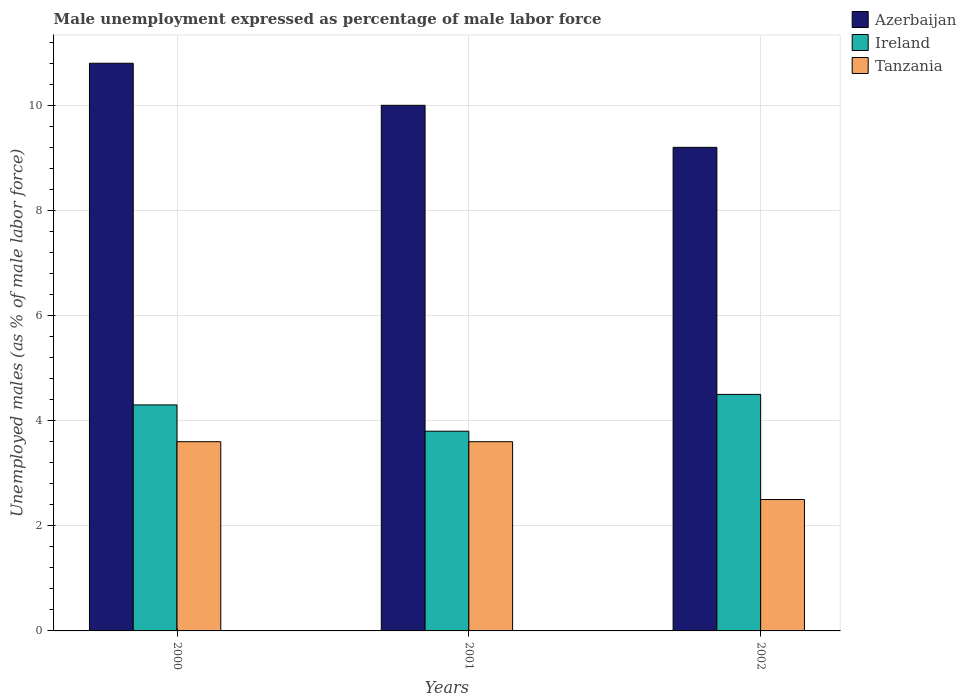
| Years | Azerbaijan | Ireland | Tanzania |
 | --- | --- | --- | --- |
 | 2000 | 10.8 | 4.3 | 3.6 |
 | 2001 | 10 | 3.8 | 3.6 |
 | 2002 | 9.2 | 4.5 | 2.5 |